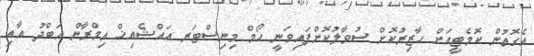
އެގޮތުން ކޮމެޓީއަށް ހާޒިރުކޮށް ސުވާލުކޮށްފައިވަނީ ހޯމް މިނިސްޓަރ އައްޝެއިޚް އިމްރާން އަބްދު އާއި